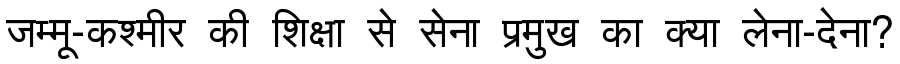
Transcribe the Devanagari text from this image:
जम्मू-कश्मीर की शिक्षा से सेना प्रमुख का क्या लेना-देना?